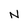
Character: N